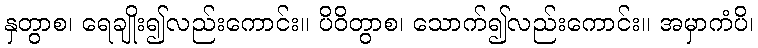
နှတွာစ၊ ရေချိုး၍လည်းကောင်း။ ပိဝိတွာစ၊ သောက်၍လည်းကောင်း။ အမှာကံပိ၊